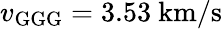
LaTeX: v_{\mathrm{GGG}}=3.53~\mathrm{km/s}